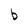
Character: b